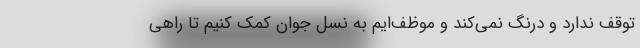
توقف ندارد و درنگ نمی‌کند و موظف‌ایم به نسل جوان کمک کنیم تا راهی